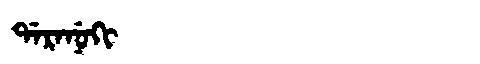
Manchu: ᡩᠠᡵᠠᠨᡠᡴᡳ
Romanization: DARANUKI